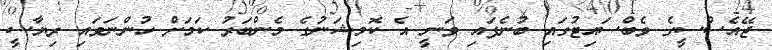
ޖޭއެސްސީގެ ވެބްސައިޓުގައި ބުނެފައި ވަނީ އެ ކޮމިޝަނުގެ މެންބަރު ކަމަށް ހުންނަވައި ރިޔާސީ